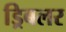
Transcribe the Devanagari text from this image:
ड्रिबलर